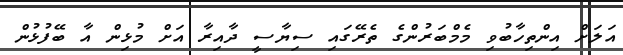
އަލަށް އިންތިހާބުވި މެމްބަރުންގެ ތެރޭގައި ސިޔާސީ ދާއިރާ އަށް މުޅިން އާ ބޭފުޅުން